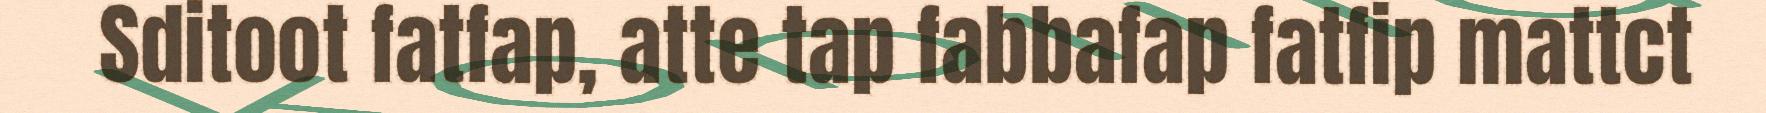
Sditoot fatfap, atte tap fabbafap fatfip mattct